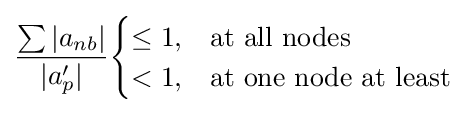
{\frac {\sum |a_{nb}|}{|a'_{p}|}}{\begin{cases}\leq 1,&{\text{at all nodes}}\\<1,&{\text{at one node at least}}\end{cases}}